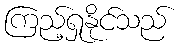
ကြည့်ရှုနိုင်သည်